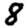
Digit: 8